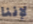
لإننا